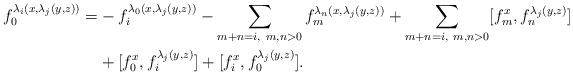
LaTeX: \begin{align*} f_0^{\lambda_i(x,\lambda_j(y,z))}=&-f_i^{\lambda_0(x,\lambda_j(y,z))}-\sum_{m+n=i,~m,n>0}f_m^{\lambda_n(x,\lambda_j(y,z))} +\sum_{m+n= i,~m,n>0}[f_m^x,f_n^{\lambda_j(y,z)}]\\ &+[f_0^x,f_i^{\lambda_j(y,z)}]+[f_i^x,f_0^{\lambda_j(y,z)}]. \end{align*}